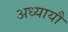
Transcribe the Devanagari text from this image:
अध्यायौं